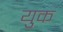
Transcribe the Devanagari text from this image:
युक